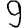
Digit: 9